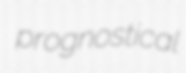
prognostical